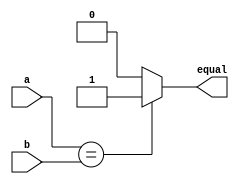
`timescale 1ns / 1ps

module comparator (equal, a, b);
    parameter word = 32;
    input   [word - 1:0] a,     b;
    output               equal;

    reg                  equal;

    initial begin
        equal = 1'b0;
    end
    always @(a or b) begin
        if (a == b) equal = 1'b1;
        else        equal = 1'b0;
    end

endmodule //comparator